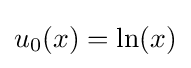
u_{0}(x)=\ln(x)